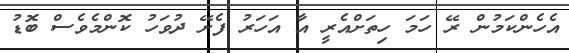
އެހެންކަމުން ރޭ ހަމަ ހިތަށްއެރީ އާ އަހަރު ފެށޭ ދުވަހު ކޮންމެވެސް ބޮޑު